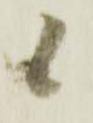
候